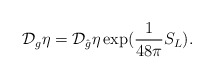
\begin{align*}{\cal{D}}_{g} \eta = {\cal{D}}_{\hat{g}} \eta \exp(\frac{1}{48\pi} S_{L}).\end{align*}